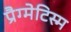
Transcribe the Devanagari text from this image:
प्रैग्मेटिस्म